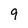
Character: 9